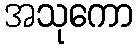
အသုကော